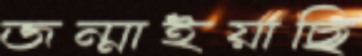
জন্মাইয়াছি